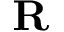
\mathbf { R }